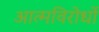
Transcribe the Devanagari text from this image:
आत्मविरोधों